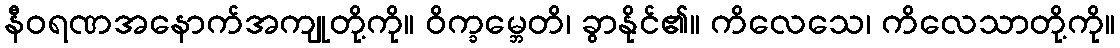
နီဝရဏအနောက်အကျုတို့ကို။ ဝိက္ခမ္ဘေတိ၊ ခွာနိုင်၏။ ကိလေသေ၊ ကိလေသာတို့ကို။